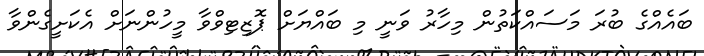
ބައެއްގެ ބުރަ މަސައްކަތުން މިހާރު ވަނީ މި ބައްޔަށް ޕޮޒިޓިވްވާ މީހުންނަށް އެކަށީގެންވާ